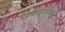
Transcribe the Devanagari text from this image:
एक्काडूठंगळ